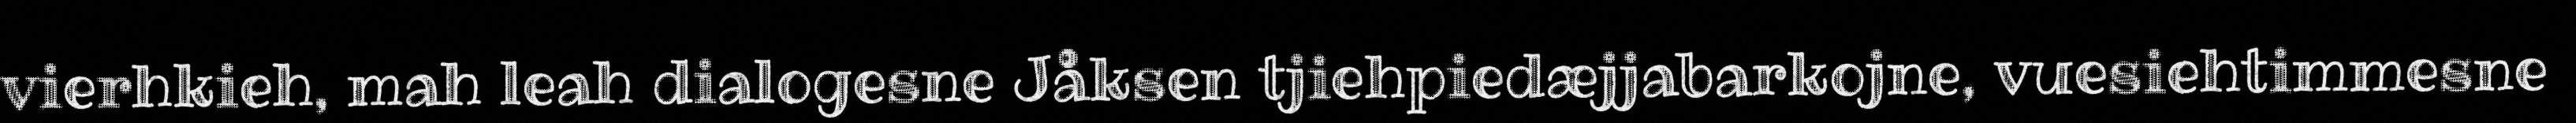
vierhkieh, mah leah dialogesne Jåksen tjiehpiedæjjabarkojne, vuesiehtimmesne